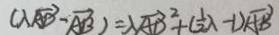
( \lambda \overrightarrow { A D } - \overrightarrow { A B } ) = \lambda \overrightarrow { A D } ^ { 2 } + ( \frac { 1 } { 2 } \lambda - 1 ) \overrightarrow { A B }